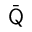
\bar { \mathsf Q }